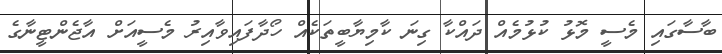
ބާސާގައި މެސީ މޮޅު ކުޅުމެއް ދައްކާ ގިނަ ކާމިޔާބީތަކެއް ހޯދާފައިވާއިރު މެސީއަށް އާޖެންޓީނާގެ